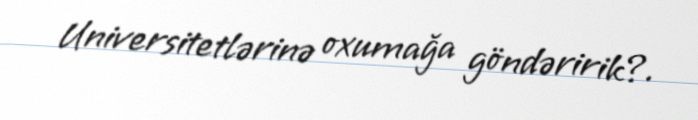
Universitetlərinə oxumağa göndəririk?.